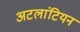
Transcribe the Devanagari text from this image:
अटलांटियन